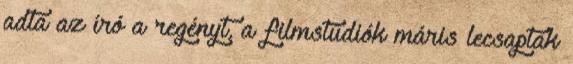
adta az író a regényt, a filmstúdiók máris lecsaptak